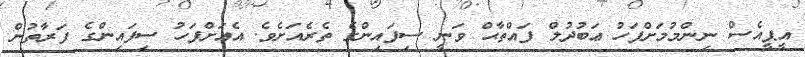
އީޕީއެސް ނިންމުމަށްފަހު ޢަބުދުލް ފައްތާޙް ވަނީ ސިފައިންގެ ތެރެއަށެވެ. އެއަށްފަހު ސިފައިންގެ ފަރާތުން